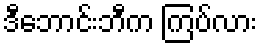
ဒီဘောင်းဘီက ကြပ်လား